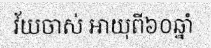
វ័យចាស់ អាយុពី៦០ឆ្នាំ